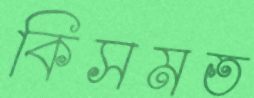
কিসমত